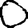
Digit: 0